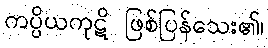
ကပ္ပိယကုဋိ ဖြစ်ပြန်သေး၏၊